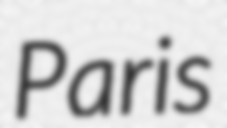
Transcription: Paris